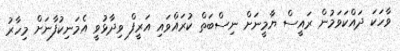
ވާހަކަ ދައްކަވަމުން ރައީސް ޔާމީނަށް ނިސްބަތް ކުރައްވައި އަރީފް ވިދާޅުވީ އެމަނިކުފާނަށް މިހާރު